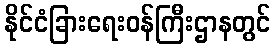
နိုင်ငံခြားရေးဝန်ကြီးဌာနတွင်